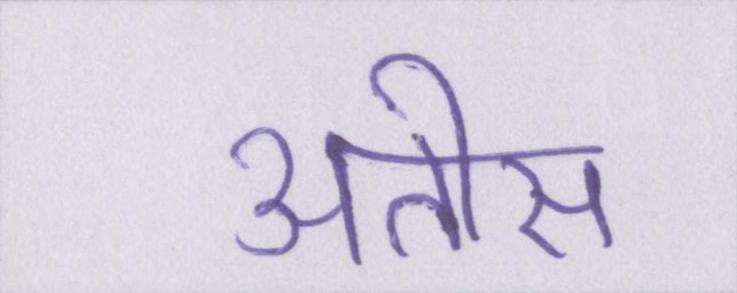
अतीस